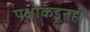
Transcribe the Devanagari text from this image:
पक्षाकडूनही